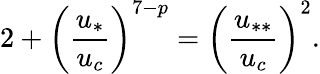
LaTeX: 2+\left(\frac{u_{*}}{u_{c}}\right)^{7-p}=\left(\frac{u_{**}}{u_{c}}\right)^{2}.